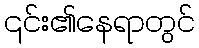
၎င်း၏နေရာတွင်